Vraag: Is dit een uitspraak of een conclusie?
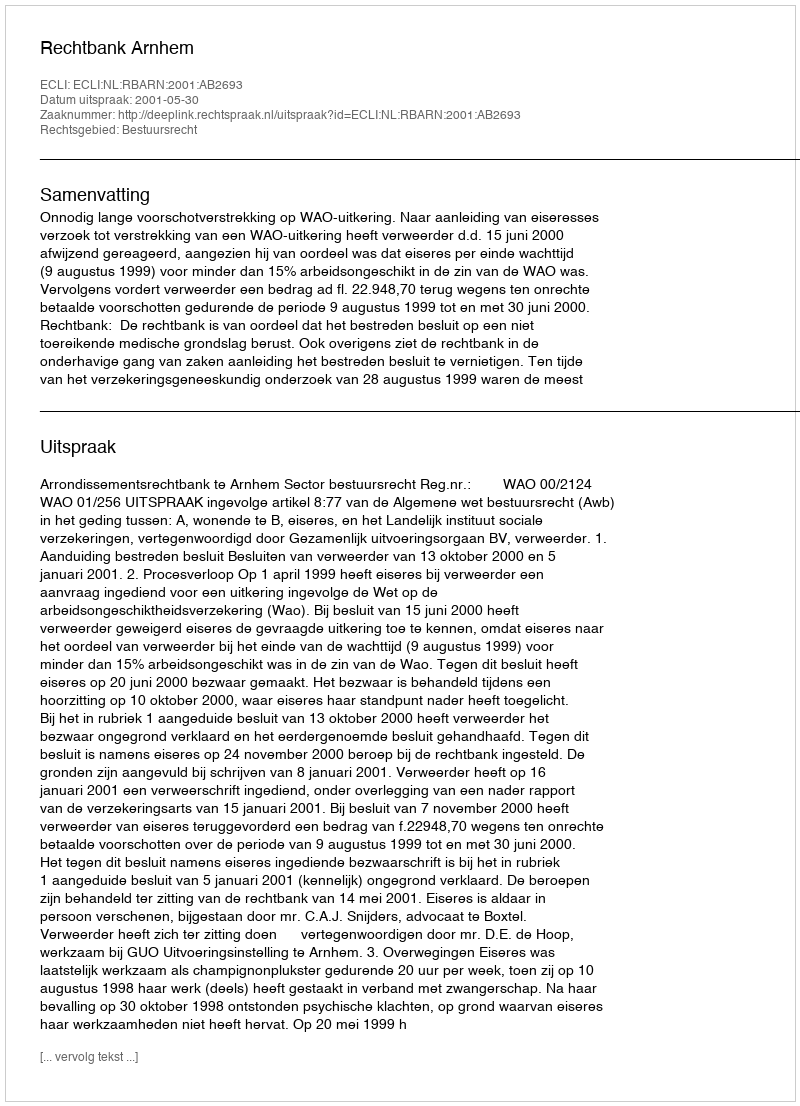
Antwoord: Uitspraak